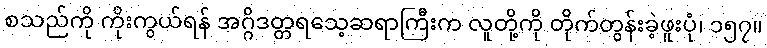
စသည်ကို ကိုးကွယ်ရန် အဂ္ဂိဒတ္တရသေ့ဆရာကြီးက လူတို့ကို တိုက်တွန်းခဲ့ဖူးပုံ၊ ၁၅၇။